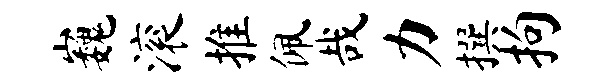
巍滚推佩哉力撰拘